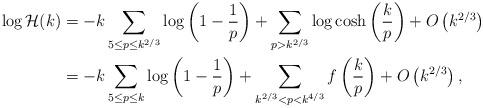
LaTeX: \begin{align*}\begin{aligned}\log \mathcal{H}(k) &=-k\sum_{5\leq p\leq k^{2/3}}\log\left(1-\frac{1}{p}\right)+\sum_{p>k^{2/3}}\log\cosh\left(\frac{k}{p}\right)+ O\left(k^{2/3}\right)\\&=-k\sum_{5\leq p\leq k}\log\left(1-\frac{1}{p}\right)+\sum_{k^{2/3}<p<k^{4/3}} f\left(\frac{k}{p}\right)+ O\left(k^{2/3}\right),\end{aligned}\end{align*}